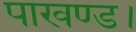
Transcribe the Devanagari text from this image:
पाखण्ड।